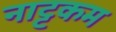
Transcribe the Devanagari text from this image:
नाट्टकम